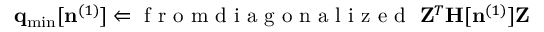
{ \bf q } _ { \mathrm { m i n } } [ { \bf n } ^ { ( 1 ) } ] \Leftarrow \mathrm { ~ f ~ r ~ o ~ m ~ d ~ i ~ a ~ g ~ o ~ n ~ a ~ l ~ i ~ z ~ e ~ d ~ } ~ { \bf Z } ^ { T } { \bf H } [ { \bf n } ^ { ( 1 ) } ] { \bf Z }